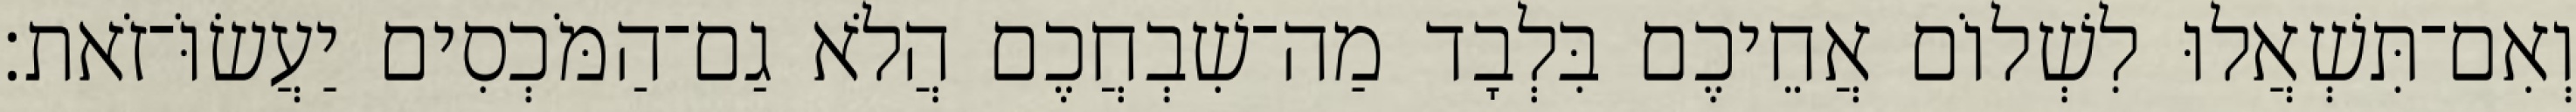
וְאִם־תִּשְׁאֲלוּ לִשְׁלוֹם אֲחֵיכֶם בִּלְבָד מַה־שִׁבְחֲכֶם הֲלֹא גַם־הַמֹּכְסִים יַעֲשׂוֹּ־זֹאת׃